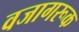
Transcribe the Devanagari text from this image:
वजागरूक